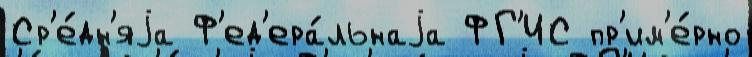
Ср'е́дн'яjа Ф'ед'ера́льнаjа ФГ'ИС пр'им'е́рно